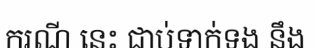
ករណី នេះ ជាប់ទាក់ទង នឹង